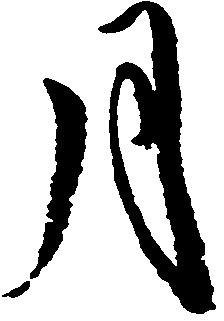
月